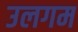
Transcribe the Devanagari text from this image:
उलगम